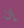
إن